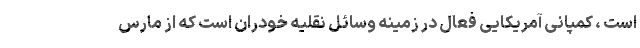
است ، کمپانی آمریکایی فعال در زمینه وسائل نقلیه خودران است که از مارس